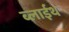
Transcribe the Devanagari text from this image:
ब्लाईथ